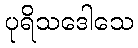
ပုရိသဒေါသေ